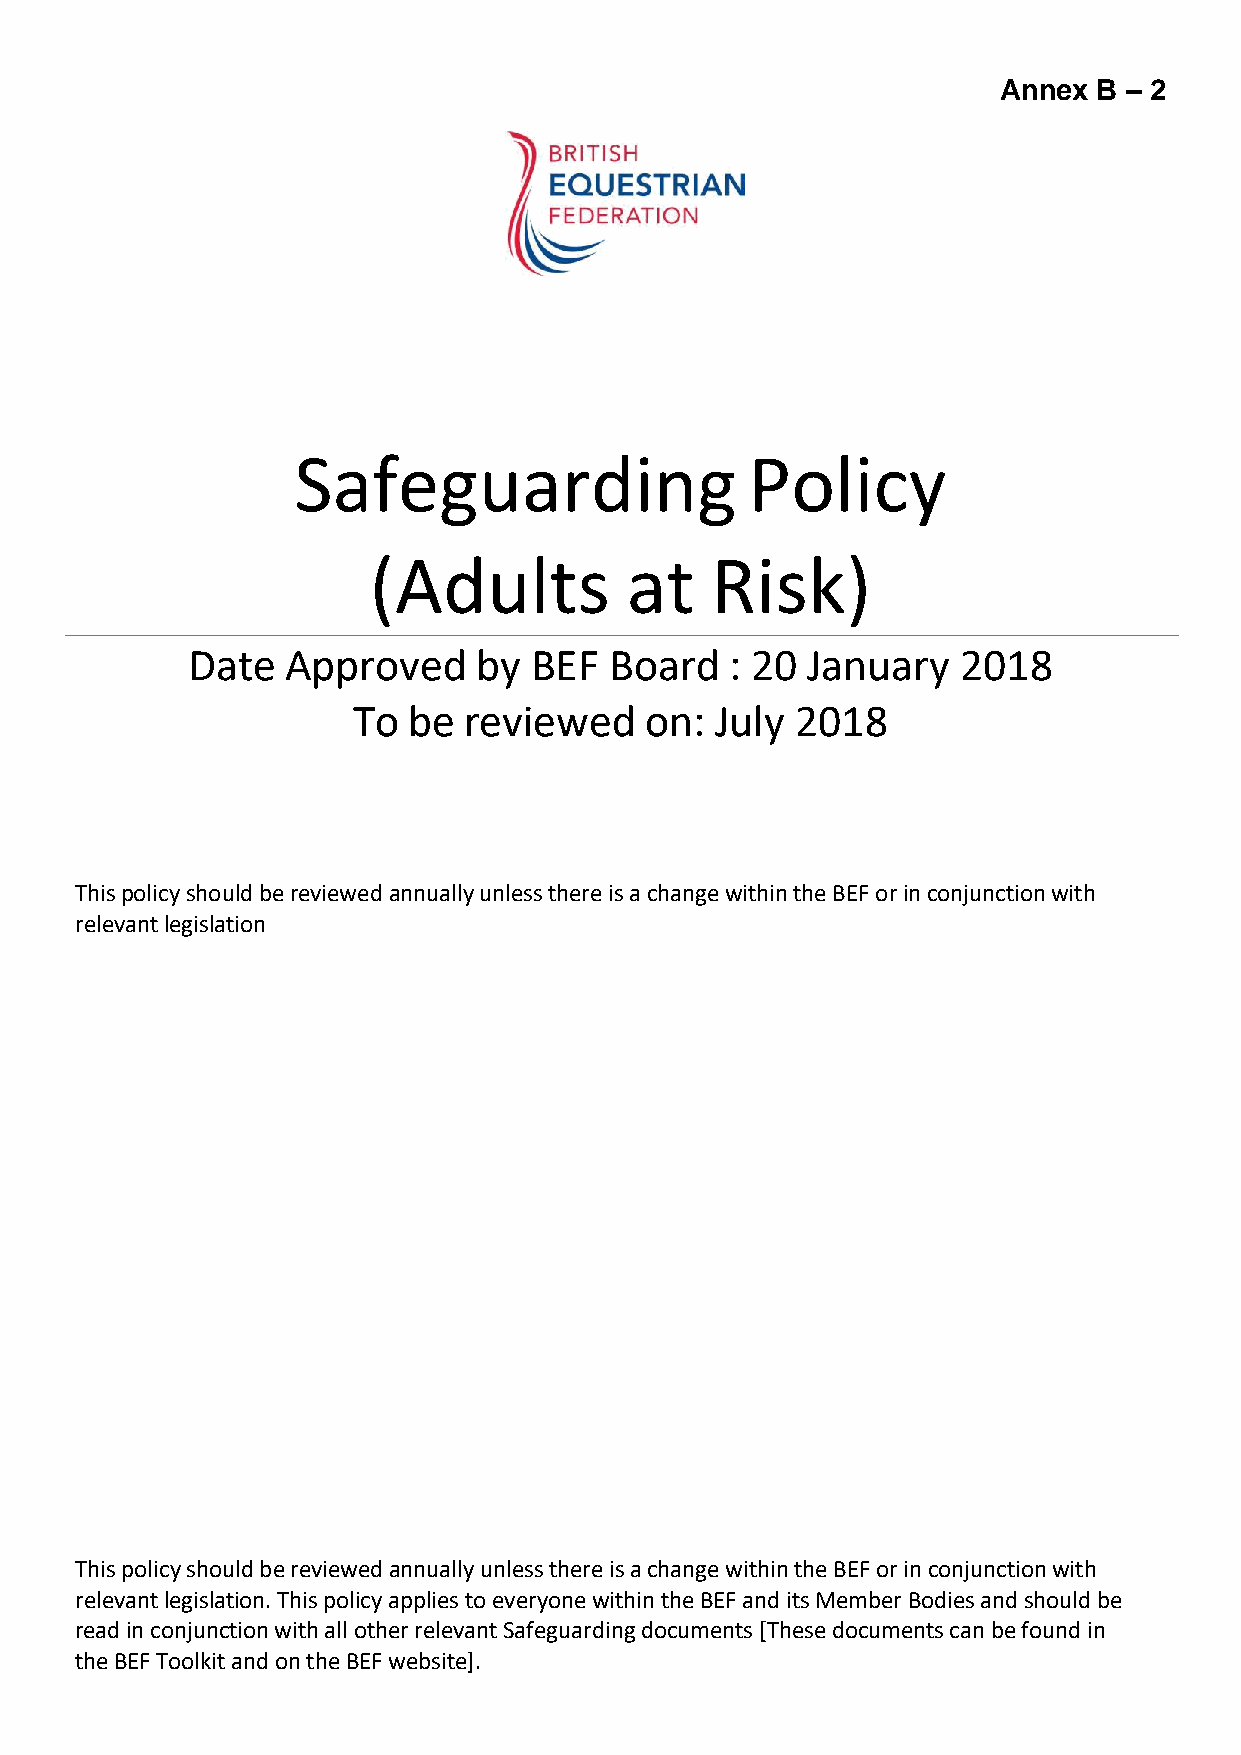
Annex  B – 2
 Safeguarding                   Policy
 (Adults          at    Risk)
 Date   Approved     by BEF  Board   : 20 January    2018
 To  be  reviewed    on: July  2018
 This policy should be reviewed annually unless there is a change within the BEF or in conjunction with
 relevant legislation
 This policy should be reviewed annually unless there is a change within the BEF or in conjunction with
 relevant legislation. This policy applies to everyone within the BEF and its Member Bodies and should be
 read in conjunction with all other relevant Safeguarding documents [These documents can be found in
 the BEF Toolkit and on the BEF website].